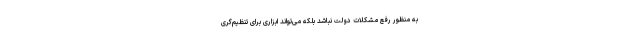
به منظور رفع مشکلات دولت نباشد بلکه می‌تواند ابزاری برای تنظیم‌گری